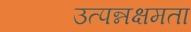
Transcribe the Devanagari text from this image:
उत्पन्नक्षमता